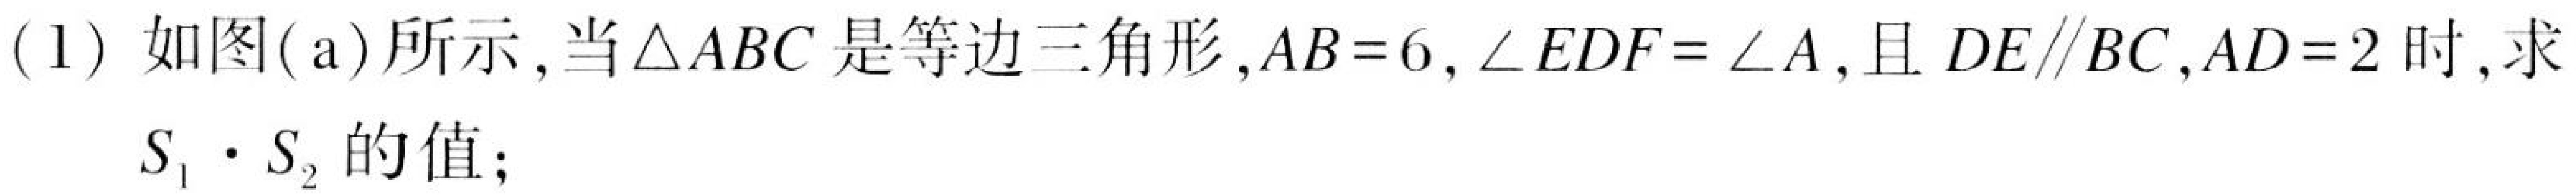
(1) 如图(a)所示,当\(\triangle ABC\)是等边三角形,\(AB = 6\),\(\angle EDF=\angle A\),且\(DE\parallel BC\),\(AD = 2\)时,求
\(S_{1}\cdot S_{2}\)的值;